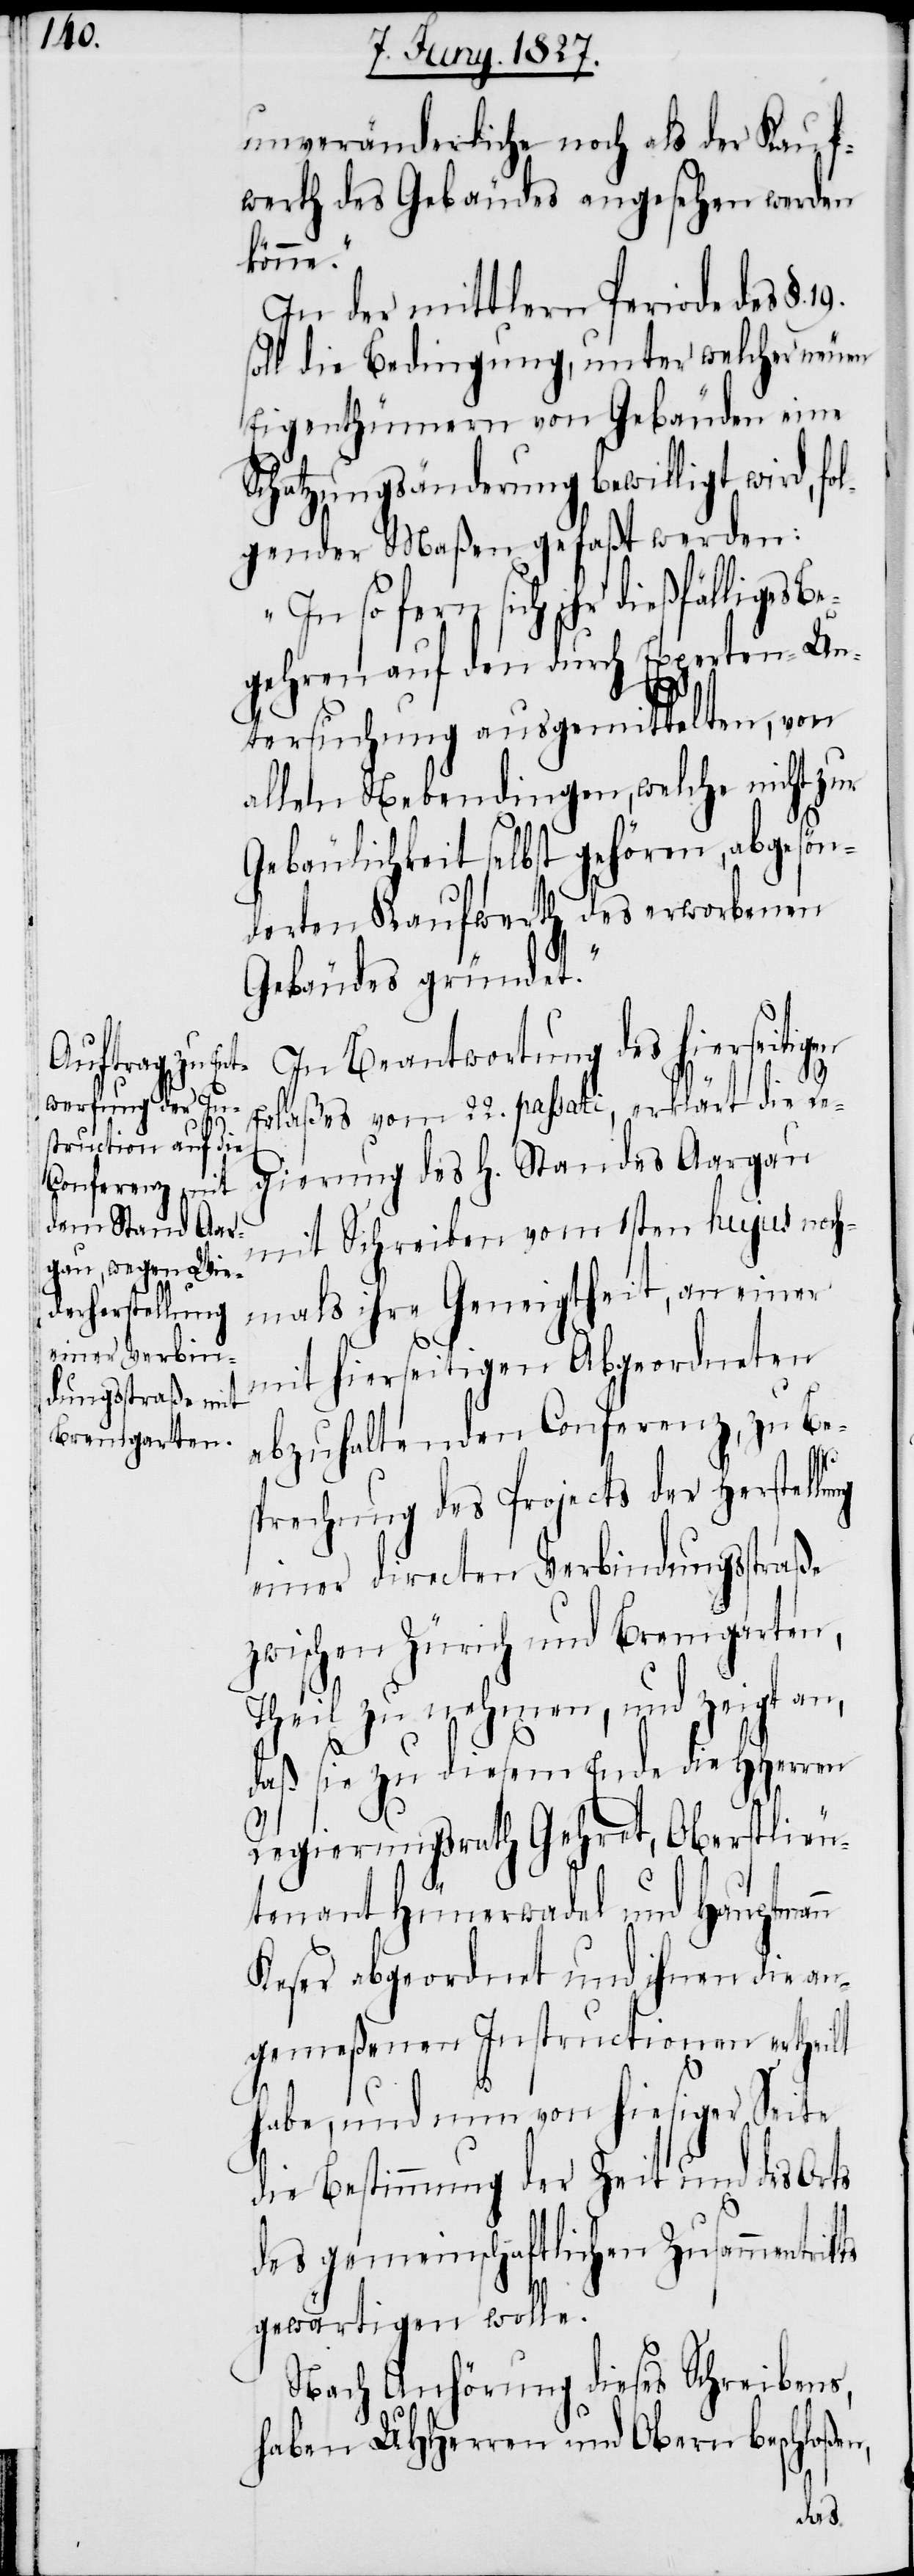
unveränderliche, noch als der Kauf¬
werth des Gebäudes angesehen werden
könne.“
In der mittleren Periode des §.
soll die Bedingung, unter welcher neuen
Eigenthümern von Gebäuden eine
Schatzungsänderung bewilligt wird, fo¬
lgender Maßen gefaßt werden:
so fern sich ihr dießfälliges
gehren auf den durch Experten-Un¬
tersuchung ausgemittelten, von
allen Nebendingen, welche nicht zur
Gebäulichkeit selbst gehören, abgesön¬
derten Kaufwerth des erworbenen
Gebäudes gründet.“
In Beantwortung des hierseitigen
Erlaßes vom 22. passati, erklärt die Re¬
gierung des H. Standes Aargau
mit Schreiben vom 1sten hujus noch¬
mals ihre Geneigtheit, an einer
mit hierseitigen Abgeordneten
abzuhaltenden Conferenz, zu Be¬
sprechung des Projects der Herstellu¬
einer directen Verbindungsstraße
zwischen Zürich und Bremgarten,
Theil zu nehmen, und zeigt an,
daß sie zu diesem Ende die HHerren
Regierungsrath Gehret, Oberstlieu¬
tenant Hünerwadel und Hauptmann
Keser abgeordnet und ihnen die an¬
gemeßenen Instructionen ertheilt
n,
habe, und nun von hiesiger Seite
die Bestimmung der Zeit und des Ortes
des gemeinschaftlichen Zusammentrit¬
gewärtigen wolle.
Nach Anhörung dieses Schreibens,
haben UHHerren und Obern beschloße¬